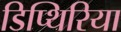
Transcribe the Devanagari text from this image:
डिप्थिरिया